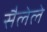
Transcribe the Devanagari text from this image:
सैलेले